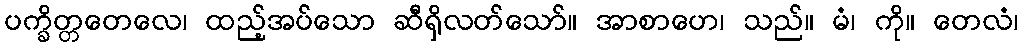
ပက္ခိတ္တတေလေ၊ ထည့်အပ်သော ဆီရှိလတ်သော်။ အာစာဟေ၊ သည်။ မံ၊ ကို။ တေလံ၊